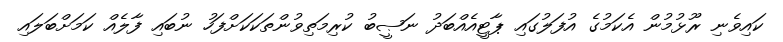
ކައިވެނި ރޫޅުމުން އެކަމުގެ އުފަލުގައި ޕާޓީއެއްބަދު ނަޞީބު ކުރިމަތިވުންތަކަކަށްފަހު ނުބައި ފާލެއް ކަމަށްބަލައި